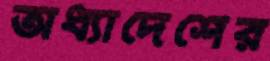
অধ্যাদেশের